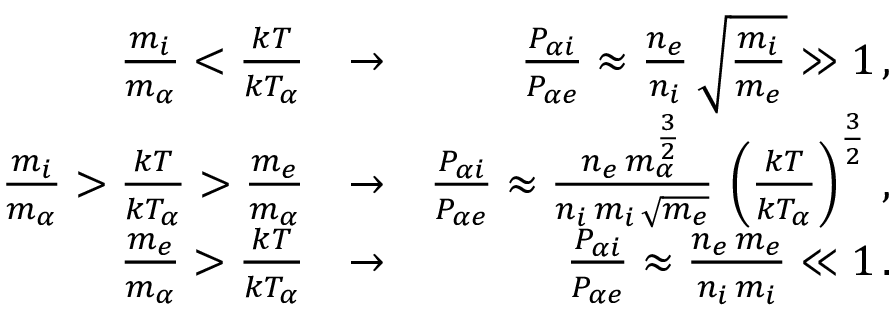
\begin{array} { r l r } { \frac { m _ { i } } { m _ { \alpha } } < \frac { k T } { k T _ { \alpha } } } & { \rightarrow } & { \frac { P _ { \alpha i } } { P _ { \alpha e } } \approx \frac { n _ { e } } { n _ { i } } \, \sqrt { \frac { m _ { i } } { m _ { e } } } \gg 1 \, , } \\ { \frac { m _ { i } } { m _ { \alpha } } > \frac { k T } { k T _ { \alpha } } > \frac { m _ { e } } { m _ { \alpha } } } & { \rightarrow } & { \frac { P _ { \alpha i } } { P _ { \alpha e } } \approx \frac { n _ { e } \, m _ { \alpha } ^ { \frac { 3 } { 2 } } } { n _ { i } \, m _ { i } \, \sqrt { m _ { e } } } \, \left( \frac { k T } { k T _ { \alpha } } \right) ^ { \frac { 3 } { 2 } } \, , } \\ { \frac { m _ { e } } { m _ { \alpha } } > \frac { k T } { k T _ { \alpha } } } & { \rightarrow } & { \frac { P _ { \alpha i } } { P _ { \alpha e } } \approx \frac { n _ { e } \, m _ { e } } { n _ { i } \, m _ { i } } \ll 1 \, . } \end{array}